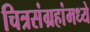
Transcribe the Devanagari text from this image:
चित्रसंग्रहांमध्ये